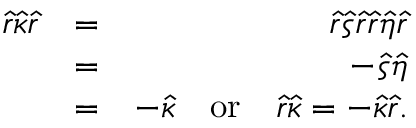
\begin{array} { r l r } { \hat { r } \hat { \kappa } \hat { r } } & { = } & { \hat { r } \hat { \varsigma } \hat { r } \hat { r } \hat { \eta } \hat { r } } \\ & { = } & { - \hat { \varsigma } \hat { \eta } } \\ & { = } & { - \hat { \kappa } \quad \mathrm { o r } \quad \hat { r } \hat { \kappa } = - \hat { \kappa } \hat { r } . } \end{array}